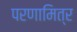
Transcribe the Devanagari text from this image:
परणामित्र